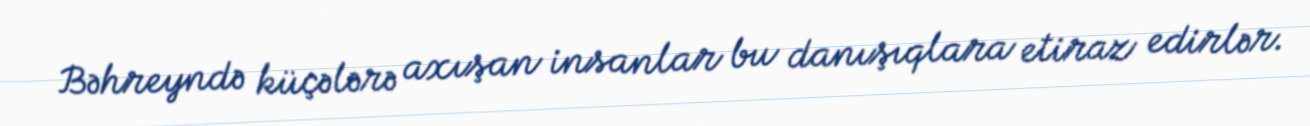
Bəhreyndə küçələrə axışan insanlar bu danışıqlara etiraz edirlər.